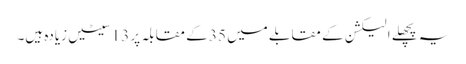
یہ پچھلے الیکشن کے مقابلے میں 35 کے مقابلہ پر 13 سیٹیں زیادہ ہیں۔